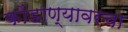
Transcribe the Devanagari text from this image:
कोंडाण्यावरचा